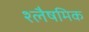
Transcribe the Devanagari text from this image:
श्लैषमिक